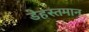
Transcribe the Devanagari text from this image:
डेहस्तमान